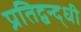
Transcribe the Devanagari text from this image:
प्रतिद्वन्द्धी